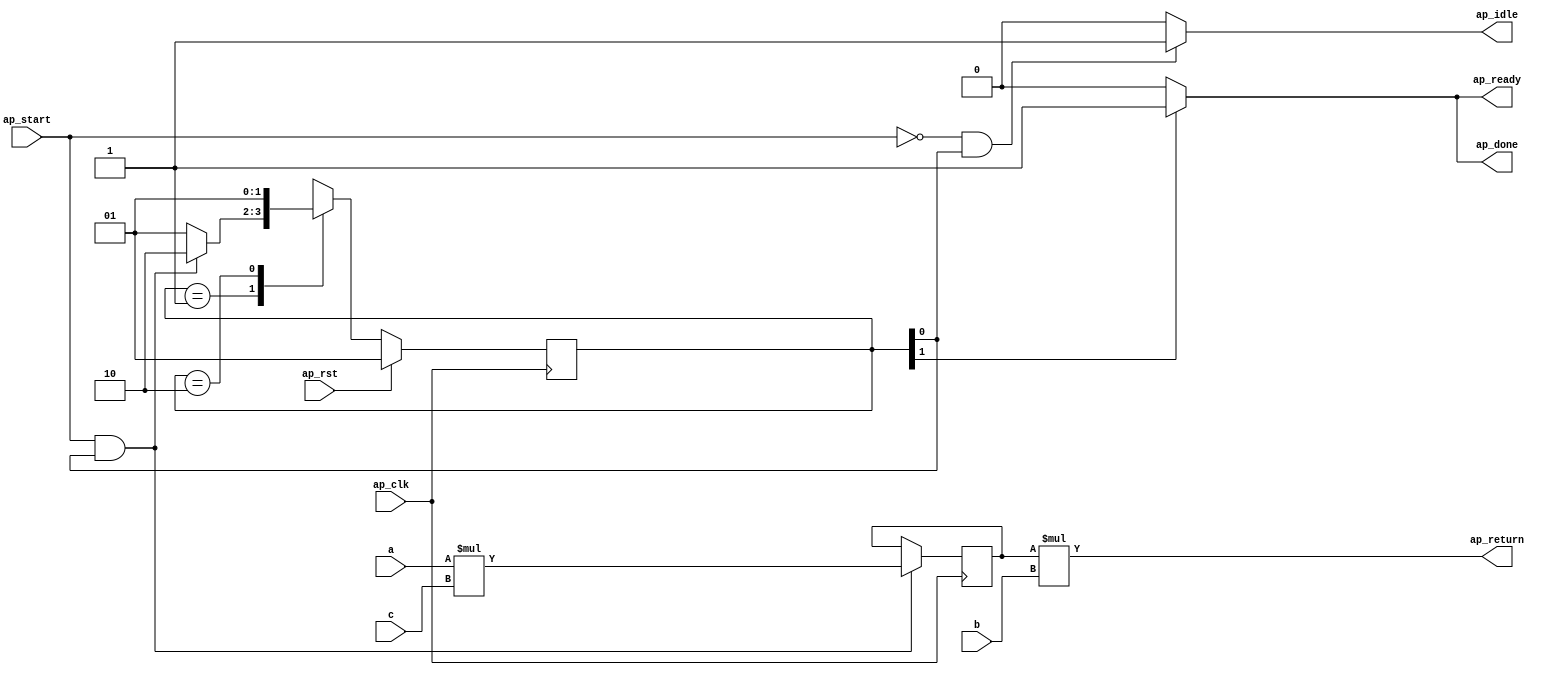
// ==============================================================
// RTL generated by Vivado(TM) HLS - High-Level Synthesis from C, C++ and SystemC
// Version: 2018.3
// Copyright (C) 1986-2018 Xilinx, Inc. All Rights Reserved.
// 
// ===========================================================

`timescale 1 ns / 1 ps 

(* CORE_GENERATION_INFO="mul,hls_ip_2018_3,{HLS_INPUT_TYPE=c,HLS_INPUT_FLOAT=0,HLS_INPUT_FIXED=0,HLS_INPUT_PART=xa7a12tcsg325-1q,HLS_INPUT_CLOCK=10.000000,HLS_INPUT_ARCH=others,HLS_SYN_CLOCK=8.470000,HLS_SYN_LAT=1,HLS_SYN_TPT=none,HLS_SYN_MEM=0,HLS_SYN_DSP=6,HLS_SYN_FF=34,HLS_SYN_LUT=57,HLS_VERSION=2018_3}" *)

module mul (
        ap_clk,
        ap_rst,
        ap_start,
        ap_done,
        ap_idle,
        ap_ready,
        a,
        b,
        c,
        ap_return
);

parameter    ap_ST_fsm_state1 = 2'd1;
parameter    ap_ST_fsm_state2 = 2'd2;

input   ap_clk;
input   ap_rst;
input   ap_start;
output   ap_done;
output   ap_idle;
output   ap_ready;
input  [31:0] a;
input  [31:0] b;
input  [31:0] c;
output  [31:0] ap_return;

reg ap_done;
reg ap_idle;
reg ap_ready;

(* fsm_encoding = "none" *) reg   [1:0] ap_CS_fsm;
wire    ap_CS_fsm_state1;
wire  signed [31:0] tmp1_fu_34_p2;
reg  signed [31:0] tmp1_reg_45;
wire    ap_CS_fsm_state2;
wire  signed [31:0] tmp1_fu_34_p0;
wire  signed [31:0] tmp1_fu_34_p1;
wire  signed [31:0] d_fu_40_p1;
reg   [1:0] ap_NS_fsm;

// power-on initialization
initial begin
#0 ap_CS_fsm = 2'd1;
end

always @ (posedge ap_clk) begin
    if (ap_rst == 1'b1) begin
        ap_CS_fsm <= ap_ST_fsm_state1;
    end else begin
        ap_CS_fsm <= ap_NS_fsm;
    end
end

always @ (posedge ap_clk) begin
    if (((ap_start == 1'b1) & (1'b1 == ap_CS_fsm_state1))) begin
        tmp1_reg_45 <= tmp1_fu_34_p2;
    end
end

always @ (*) begin
    if ((1'b1 == ap_CS_fsm_state2)) begin
        ap_done = 1'b1;
    end else begin
        ap_done = 1'b0;
    end
end

always @ (*) begin
    if (((ap_start == 1'b0) & (1'b1 == ap_CS_fsm_state1))) begin
        ap_idle = 1'b1;
    end else begin
        ap_idle = 1'b0;
    end
end

always @ (*) begin
    if ((1'b1 == ap_CS_fsm_state2)) begin
        ap_ready = 1'b1;
    end else begin
        ap_ready = 1'b0;
    end
end

always @ (*) begin
    case (ap_CS_fsm)
        ap_ST_fsm_state1 : begin
            if (((ap_start == 1'b1) & (1'b1 == ap_CS_fsm_state1))) begin
                ap_NS_fsm = ap_ST_fsm_state2;
            end else begin
                ap_NS_fsm = ap_ST_fsm_state1;
            end
        end
        ap_ST_fsm_state2 : begin
            ap_NS_fsm = ap_ST_fsm_state1;
        end
        default : begin
            ap_NS_fsm = 'bx;
        end
    endcase
end

assign ap_CS_fsm_state1 = ap_CS_fsm[32'd0];

assign ap_CS_fsm_state2 = ap_CS_fsm[32'd1];

assign ap_return = ($signed(tmp1_reg_45) * $signed(d_fu_40_p1));

assign d_fu_40_p1 = b;

assign tmp1_fu_34_p0 = a;

assign tmp1_fu_34_p1 = c;

assign tmp1_fu_34_p2 = ($signed(tmp1_fu_34_p0) * $signed(tmp1_fu_34_p1));

endmodule //mul